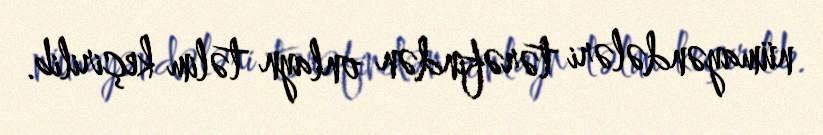
nümayəndələri tərəfindən onlayn təlim keçirilib.